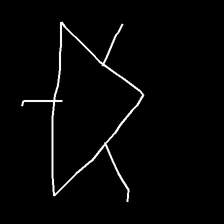
Glyph: fire